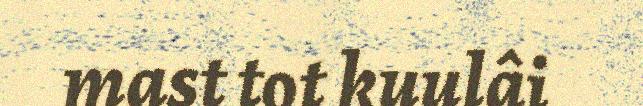
mast tot kuulâi